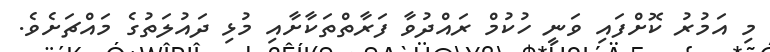
މި އަމުރު ކޮށްފައި ވަނީ ހުކުމް ރައްދުވާ ފަރާތްތަކާށާއި މުޅި ދައުލަތުގެ މައްޗަށެވެ.